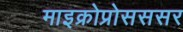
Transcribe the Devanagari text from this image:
माइक्रोप्रोसससर